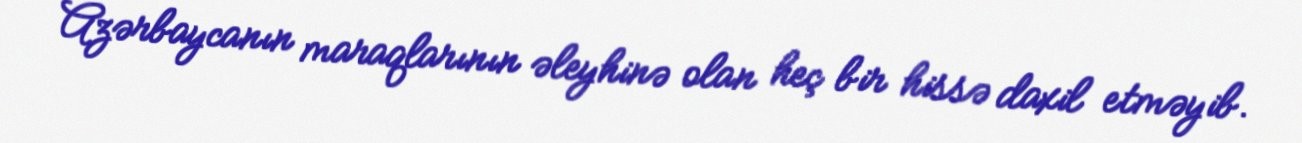
Azərbaycanın maraqlarının əleyhinə olan heç bir hissə daxil etməyib.